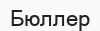
Бюллер